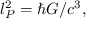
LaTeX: l _ { P } ^ { 2 } = \hbar G / c ^ { 3 } ,